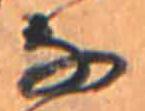
な